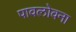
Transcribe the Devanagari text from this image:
पावलोवना